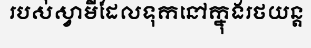
របស់ស្វាមីដែលទុកនៅក្នុងរថយន្ត